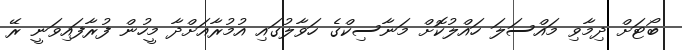
ބޯޓަށް ދިމާވި މައްސަލަ ހައްލުކޮށް މަނާސިކްގެ ހަވާލުގައި އުމުރާއަށްދާ މީހުން ފުރާފައިވަނީ ރޭ